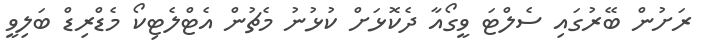
ރަށުން ބޭރުގައި ސެލްޓަ ވީގޯއާ ދެކޮޅަށް ކުޅުނު މެޗުން އެޓްލެޓިކޯ މެޑްރިޑް ބަލިވީ